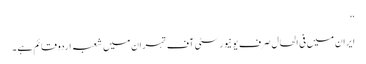
‘‘
ایران میں فی الحال صرف یو نیورسٹی آف تہران میں شعبہ اردو قائم ہے ۔